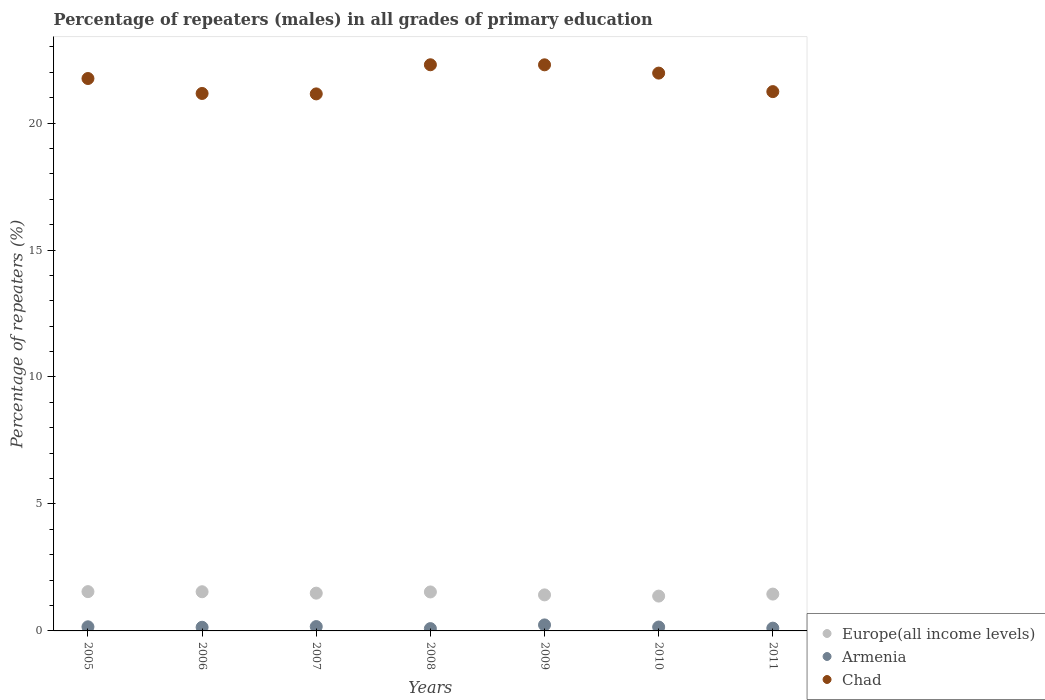
| Years | Europe(all income levels) | Armenia | Chad |
 | --- | --- | --- | --- |
 | 2005 | 1.55 | 0.162 | 21.8 |
 | 2006 | 1.54 | 0.144 | 21.2 |
 | 2007 | 1.49 | 0.171 | 21.1 |
 | 2008 | 1.53 | 0.0909 | 22.3 |
 | 2009 | 1.42 | 0.236 | 22.3 |
 | 2010 | 1.37 | 0.153 | 22 |
 | 2011 | 1.45 | 0.109 | 21.2 |